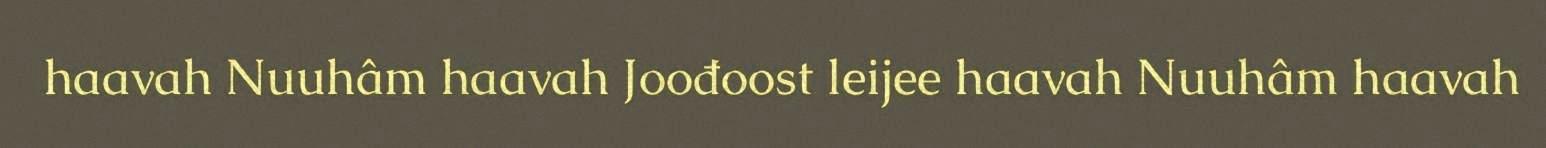
haavah Nuuhâm haavah Joođoost leijee haavah Nuuhâm haavah